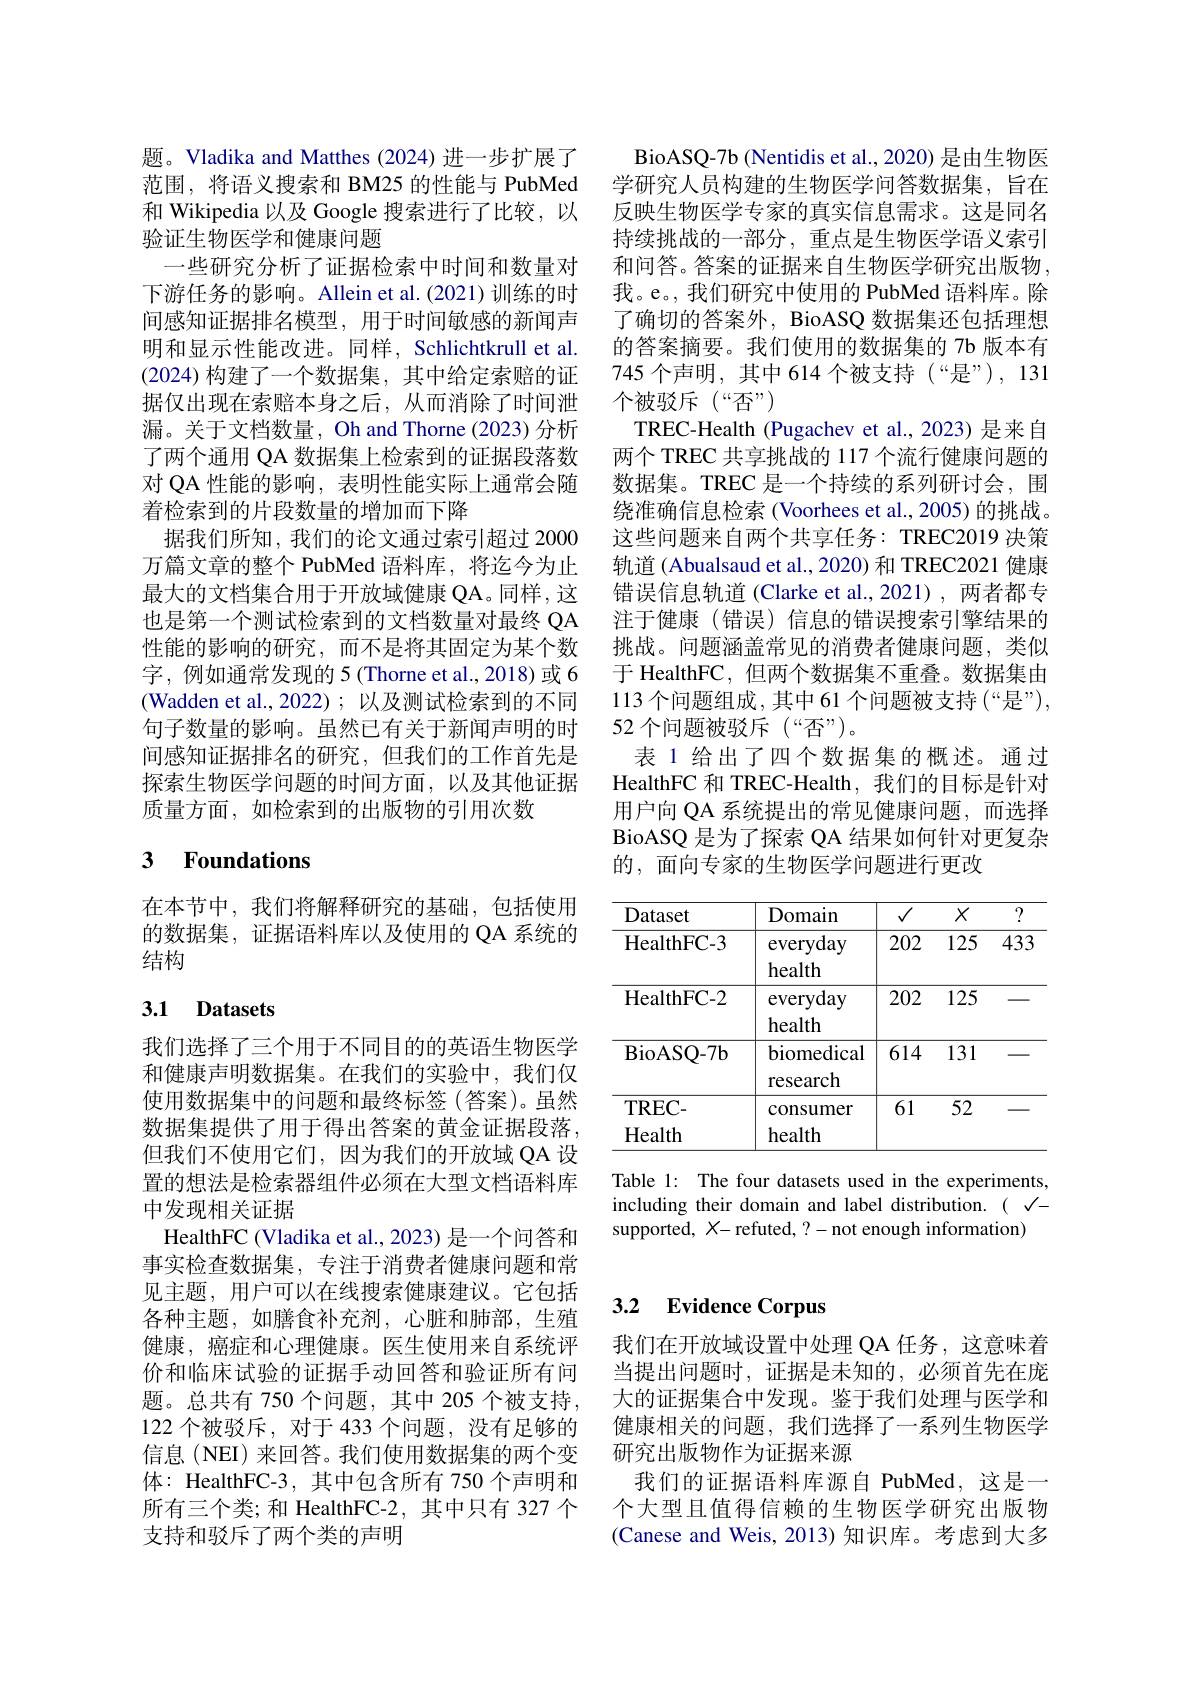
题。Vladika and Matthes (2024)进一步扩展了范围，将语义搜索和 BM25 的性能与 PubMed 和 Wikipedia 以及 Google 搜索进行了比较，以验证生物医学和健康问题
一些研究分析了证据检索中时间和数量对下游任务的影响。Allein et al.(2021)训练的时间感知证据排名模型，用于时间敏感的新闻声明和显示性能改进。同样，Schlichtkrull et al. (2024)构建了一个数据集，其中给定索赔的证据仅出现在索赔本身之后，从而消除了时间泄漏。关于文档数量，Oh and Thorne (2023)分析了两个通用 QA 数据集上检索到的证据段落数对 QA 性能的影响，表明性能实际上通常会随着检索到的片段数量的增加而下降
据我们所知，我们的论文通过索引超过 2000万篇文章的整个 PubMed 语料库，将迄今为止最大的文档集合用于开放域健康 QA。同样，这也是第一个测试检索到的文档数量对最终 QA 性能的影响的研究，而不是将其固定为某个数字，例如通常发现的 5(Thorne et al.,2018) 或 6 (Wadden et al.,2022); 以及测试检索到的不同句子数量的影响。虽然已有关于新闻声明的时间感知证据排名的研究，但我们的工作首先是探索生物医学问题的时间方面，以及其他证据质量方面，如检索到的出版物的引用次数

# 3 Foundations

在本节中，我们将解释研究的基础，包括使用的数据集，证据语料库以及使用的 QA 系统的结构

## 3.1 Datasets

我们选择了三个用于不同目的的英语生物医学和健康声明数据集。在我们的实验中，我们仅使用数据集中的问题和最终标签(答案)。虽然数据集提供了用于得出答案的黄金证据段落， 但我们不使用它们，因为我们的开放域 QA 设置的想法是检索器组件必须在大型文档语料库中发现相关证据
HealthFC (Vladika et al., 2023) 是一个问答和事实检查数据集，专注于消费者健康问题和常见主题，用户可以在线搜索健康建议。它包括各种主题，如膳食补充剂，心脏和肺部，生殖健康，癌症和心理健康。医生使用来自系统评价和临床试验的证据手动回答和验证所有问题。总共有 750 个问题，其中 205 个被支持， 122 个被驳斥，对于 433 个问题，没有足够的信息(NEI) 来回答。我们使用数据集的两个变体：HealthFC-3,其中包含所有 750 个声明和所有三个类；和 HealthFC-2,其中只有 327 个支持和驳斥了两个类的声明

BioASQ-7b (Nentidis et al., 2020) 是由生物医学研究人员构建的生物医学问答数据集，旨在反映生物医学专家的真实信息需求。这是同名持续挑战的一部分，重点是生物医学语义索引和问答。答案的证据来自生物医学研究出版物， 我。e。, 我们研究中使用的 PubMed 语料库。除了确切的答案外，BioASQ 数据集还包括理想的答案摘要。我们使用的数据集的 7b 版本有745 个声明，其中 614 个被支持 (“是”), 131个被驳斥(“否”)
TREC-Health (Pugachev et al.,2023) 是来自两个 TREC 共享挑战的 117 个流行健康问题的数据集。TREC 是一个持续的系列研讨会，围绕准确信息检索(Voorhees et al.,2005)的挑战。这些问题来自两个共享任务：TREC2019 决策轨道 (Abualsaud et al.,2020)和 TREC2021 健康错误信息轨道(Clarke et al.,2021),两者都专注于健康(错误)信息的错误搜索引擎结果的挑战。问题涵盖常见的消费者健康问题，类似于 HealthFC, 但两个数据集不重叠。数据集由113 个问题组成，其中 61 个问题被支持 (“是”), 52个问题被驳斥(“否”)。
表 1 给出了四个数据集的概述。通过HealthFC 和 TREC-Health, 我们的目标是针对用户向 QA 系统提出的常见健康问题，而选择BioASQ 是为了探索 QA 结果如何针对更复杂的，面向专家的生物医学问题进行更改

<table>
	<tbody>
		<tr>
			<th>Dataset</th>
			<th>Domain</th>
			<th>$√$</th>
			<th>$X$</th>
			<th>?</th>
		</tr>
		<tr>
			<td>HealthFC- 3</td>
			<td>everyday health</td>
			<td>202</td>
			<td>125</td>
			<td>433</td>
		</tr>
		<tr>
			<td>HealthFC- 2</td>
			<td>everyday health</td>
			<td>202</td>
			<td>125</td>
			<td> </td>
		</tr>
		<tr>
			<td>BioASQ- 7b</td>
			<td>biomedical research</td>
			<td>614</td>
			<td>131</td>
			<td> </td>
		</tr>
		<tr>
			<td>$\mathbf{TREC-}$ Health</td>
			<td>consumer health</td>
			<td>61</td>
			<td>52</td>
			<td> </td>
		</tr>
	</tbody>
</table>

Table 1: The four datasets used in the experiments, including their domain and label distribution.( √- supported, $X$- refuted, ?- not enough information)

# 3.2 Evidence Corpus

我们在开放域设置中处理 QA 任务，这意味着当提出问题时，证据是未知的，必须首先在庞大的证据集合中发现。鉴于我们处理与医学和健康相关的问题，我们选择了一系列生物医学研究出版物作为证据来源
我们的证据语料库源自 PubMed,这是一个大型且值得信赖的生物医学研究出版物(Canese and Weis, 2013)知识库。考虑到大多